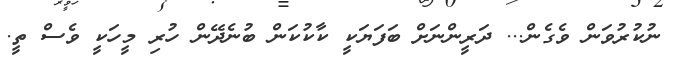
ނުކުރުވަން ވެގެން... ދަރީންނަށް ބަފަޔަކީ ކާކުކަން ބުނެދޭން ހުރި މީހަކީ ވެސް ތީ.